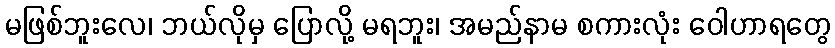
မဖြစ်ဘူးလေ၊ ဘယ်လိုမှ ပြောလို့ မရဘူး၊ အမည်နာမ စကားလုံး ဝေါဟာရတွေ